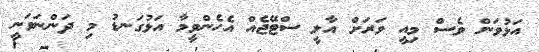
އަޅުވަން ވެސް މިއީ ވަރަށް އާލީ ސްޓޭޖެއް އެހެންވީމާ އަޅުގަނޑު މި ދަންނަވަނީ